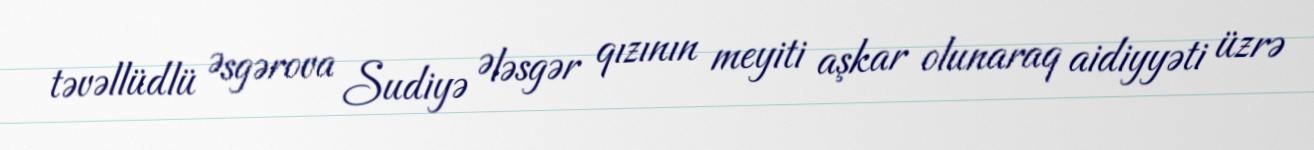
təvəllüdlü Əsgərova Sudiyə Ələsgər qızının meyiti aşkar olunaraq aidiyyəti üzrə